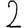
Digit: 2